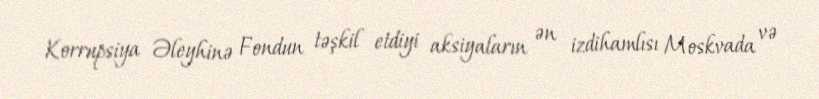
Korrupsiya Əleyhinə Fondun təşkil etdiyi aksiyaların ən izdihamlısı Moskvada və